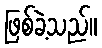
ဖြစ်ခဲ့သည်။